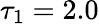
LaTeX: \tau_{1}=2.0